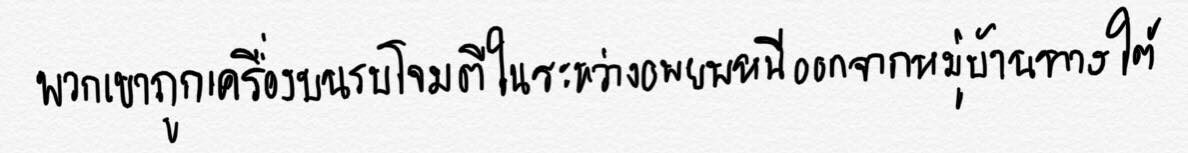
พวกเขาถูกเครื่องบินรบโจมตีในระหว่างอพยพหนีออกจากหมู่บ้านทางใต้